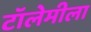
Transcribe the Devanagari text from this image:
टॉलेमीला